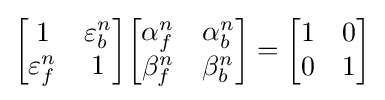
{\begin{bmatrix}1&\varepsilon _{b}^{n}\\\varepsilon _{f}^{n}&1\end{bmatrix}}{\begin{bmatrix}\alpha _{f}^{n}&\alpha _{b}^{n}\\\beta _{f}^{n}&\beta _{b}^{n}\end{bmatrix}}={\begin{bmatrix}1&0\\0&1\end{bmatrix}}